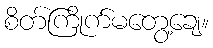
စိတ်ကြိုက်မတွေ့ချေ။